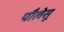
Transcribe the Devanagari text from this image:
पौलेसू